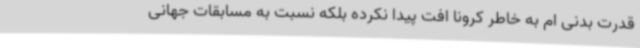
قدرت بدنی ام به خاطر کرونا افت پیدا نکرده بلکه نسبت به مسابقات جهانی